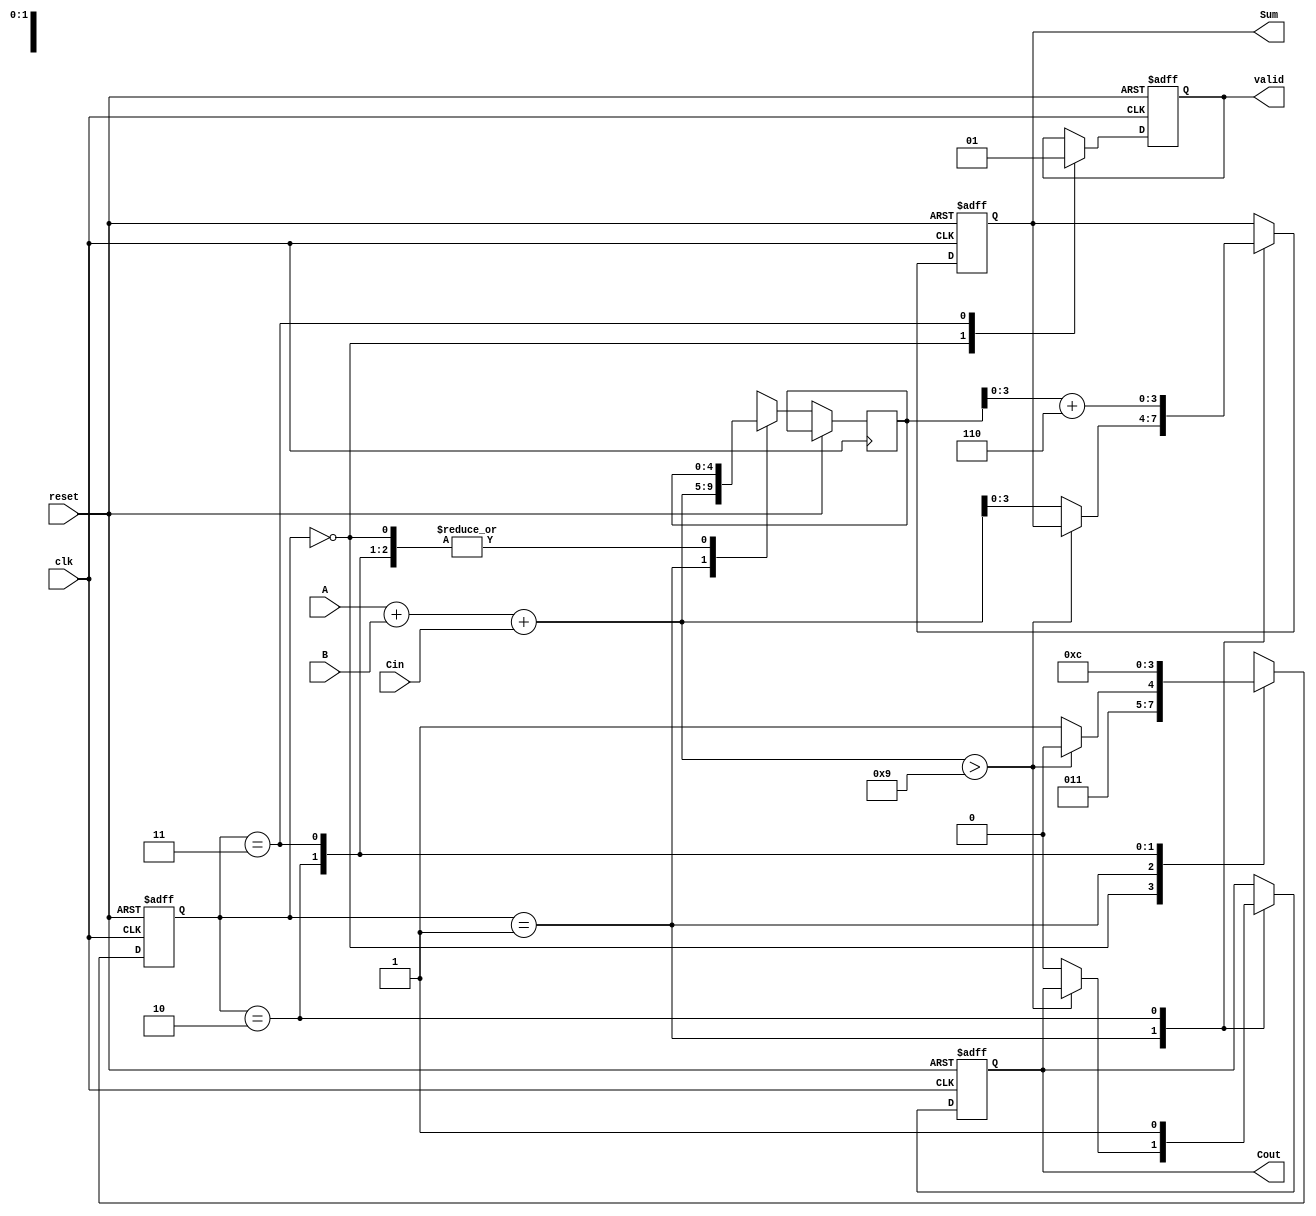
module BCD_Sequential_Adder (
    input wire [3:0] A,       // First BCD digit
    input wire [3:0] B,       // Second BCD digit
    input wire Cin,           // Carry-in
    input wire clk,           // Clock signal
    input wire reset,         // Reset signal
    output reg [3:0] Sum,     // BCD result
    output reg Cout,          // Carry-out
    output reg valid          // Valid output signal
);

    reg [4:0] temp_sum;      // Temporary sum to hold A + B + Cin
    reg [1:0] state;         // State register for sequential operation

    // State encoding
    localparam IDLE = 2'b00, ADD = 2'b01, CORRECT = 2'b10, DONE = 2'b11;

    // Sequential logic
    always @(posedge clk or posedge reset) begin
        if (reset) begin
            Sum <= 4'b0000;      // Initialize Sum to 0
            Cout <= 1'b0;       // Initialize Cout to 0
            valid <= 1'b0;      // Initialize valid to 0
            state <= IDLE;      // Set state to IDLE
        end else begin
            case (state)
                IDLE: begin
                    // Transition to ADD state
                    state <= ADD;
                    valid <= 1'b0; // Not valid until addition is done
                end

                ADD: begin
                    // Perform addition
                    temp_sum = A + B + Cin; // 5 bits to accommodate carry
                    if (temp_sum > 9) begin
                        state <= CORRECT; // Go to correction state if needed
                    end else begin
                        Sum <= temp_sum[3:0]; // Assign valid sum
                        Cout <= 1'b0;         // No carry out
                        state <= DONE;        // Go to DONE state
                    end
                end

                CORRECT: begin
                    // Apply BCD correction
                    Sum <= temp_sum[3:0] + 4'b0110; // Add 6 for correction
                    Cout <= 1'b1;                   // Set carry out
                    state <= DONE;                  // Go to DONE state
                end

                DONE: begin
                    valid <= 1'b1; // Indicate result is valid
                    // Transition back to IDLE for the next operation
                    state <= IDLE;
                end

                default: state <= IDLE; // Default to IDLE state
            endcase
        end
    end
endmodule